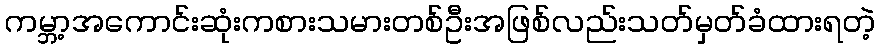
ကမ္ဘာ့အကောင်းဆုံးကစားသမားတစ်ဦးအဖြစ်လည်းသတ်မှတ်ခံထားရတဲ့